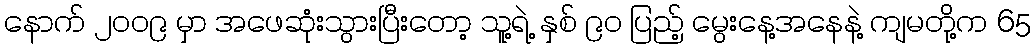
နောက် ၂၀၀၉ မှာ အဖေဆုံးသွားပြီးတော့ သူ့ရဲ့ နှစ် ၉၀ ပြည့် မွေးနေ့အနေနဲ့ ကျမတို့က 65